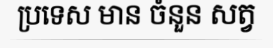
ប្រទេស មាន ចំនួន សត្វ